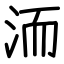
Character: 洏